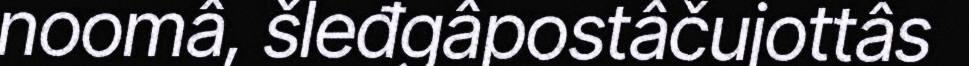
noomâ, šleđgâpostâčujottâs